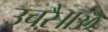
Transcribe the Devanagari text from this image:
उचऱै॥ॐ